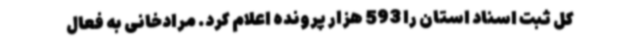
کل ثبت اسناد استان را 593 هزار پرونده اعلام کرد. مرادخانی به فعال